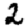
Digit: 2